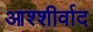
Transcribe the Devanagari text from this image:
आश्शीर्वाद